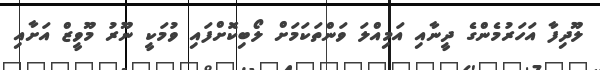
ލޫދިފާ އަހަރުމެންގެ ދީނާއި އަމިއްލަ ވަންތަކަމަށް ލޯބިކޮށްފައި ވުމަކީ ނޫރު މޫވީޒް އަށާއި